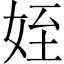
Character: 姪